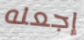
إجعله